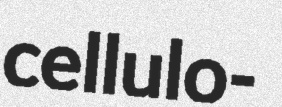
cellulo-